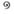
១